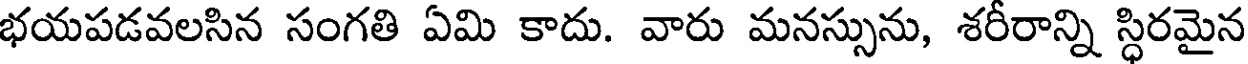
భయపడవలసిన సంగతి ఏమి కాదు. వారు మనస్సును, శరీరాన్ని స్ధిరమైన